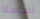
لسلسلة